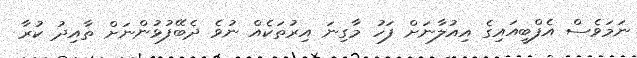
ނަމަވެސް އެފްބީއައިގެ އިއުލާނަށް ފަހު މާގިނަ އިރުތަކެއް ނުވެ ދެބޭފުޅުންނަށް ތާއިދު ކުރާ